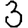
Digit: 3